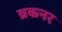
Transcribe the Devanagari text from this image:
ब्रकनर